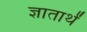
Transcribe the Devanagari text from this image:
ज्ञातार्थं